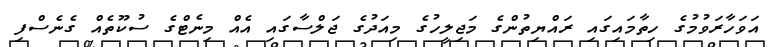
އަވަހާރަަވުމުގެ ހިތާމައިގައި ރައްޔިތުންގެ މަޖިލީހުގެ މިއަދުގެ ޖަލްސާގައި އެއް މިނެޓްގެ ސުކޫތެއް ގެނެސްފި